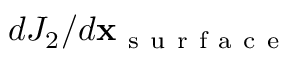
d J _ { 2 } / d \mathbf x _ { \mathrm { ~ s ~ u ~ r ~ f ~ a ~ c ~ e ~ } }